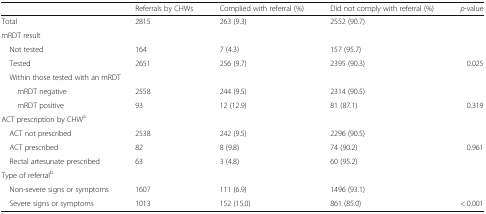
<table><thead><tr><td></td><td><b>Referrals by CHWs</b></td><td><b>Complied with referral (%)</b></td><td><b>Did not comply with referral (%)</b></td><td><b><i>p</i>-value</b></td></tr></thead><tbody><tr><td>Total</td><td>2815</td><td>263 (9.3)</td><td>2552 (90.7)</td><td></td></tr><tr><td colspan="5">mRDT result</td></tr><tr><td> Not tested</td><td>164</td><td>7 (4.3)</td><td>157 (95.7)</td><td></td></tr><tr><td> Tested</td><td>2651</td><td>256 (9.7)</td><td>2395 (90.3)</td><td>0.025</td></tr><tr><td colspan="5"> Within those tested with an mRDT</td></tr><tr><td>mRDT negative</td><td>2558</td><td>244 (9.5)</td><td>2314 (90.5)</td><td></td></tr><tr><td>mRDT positive</td><td>93</td><td>12 (12.9)</td><td>81 (87.1)</td><td>0.319</td></tr><tr><td colspan="5">ACT prescription by CHW<sup>a</sup></td></tr><tr><td> ACT not prescribed</td><td>2538</td><td>242 (9.5)</td><td>2296 (90.5)</td><td></td></tr><tr><td> ACT prescribed</td><td>82</td><td>8 (9.8)</td><td>74 (90.2)</td><td>0.961</td></tr><tr><td> Rectal artesunate prescribed</td><td>63</td><td>3 (4.8)</td><td>60 (95.2)</td><td></td></tr><tr><td colspan="5">Type of referral<sup>b</sup></td></tr><tr><td> Non-severe signs or symptoms</td><td>1607</td><td>111 (6.9)</td><td>1496 (93.1)</td><td></td></tr><tr><td> Severe signs or symptoms</td><td>1013</td><td>152 (15.0)</td><td>861 (85.0)</td><td>&lt; 0.001</td></tr></tbody></table>